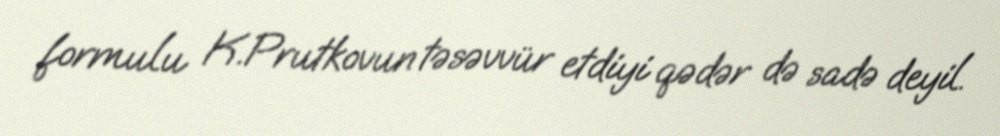
formulu K.Prutkovun təsəvvür etdiyi qədər də sadə deyil.